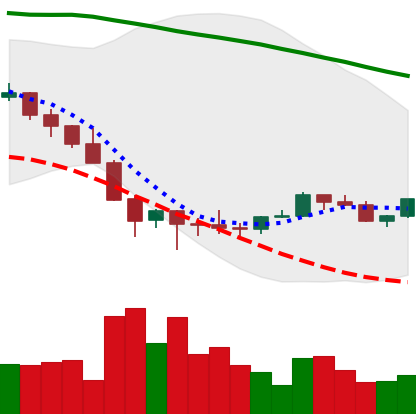
Ticker: LINK-USD
Chart end date: 2022-02-04
Forward return: 6.863%
Label: up_5_7